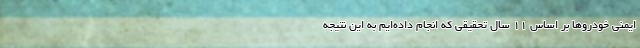
ایمنی خودروها بر اساس ۱۱ سال تحقیقی که انجام داده‌ایم به این نتیجه